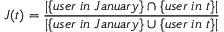
J ( t ) = \frac { | \{ u s e r \; i n \; J a n u a r y \} \cap \{ u s e r \; i n \; t \} | } { | \{ u s e r \; i n \; J a n u a r y \} \cup \{ u s e r \; i n \; t \} | }